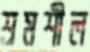
শ্রমশীল